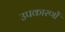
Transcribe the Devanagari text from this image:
उपकारणों